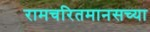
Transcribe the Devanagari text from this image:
रामचरितमानसच्या